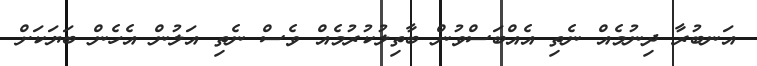
އަނބުރާ ދިނުމެއް ނެތި އެއްބަސްވުން ބާތިލުކުރުމެއް ވެސް ނެތި އަލުން އެހެން ބަޔަކަށް